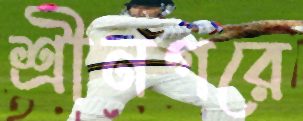
শ্রীনগরে